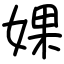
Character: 婐